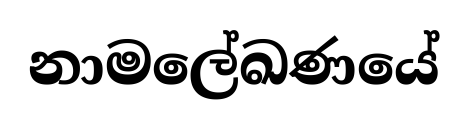
නාමලේඛණයේ